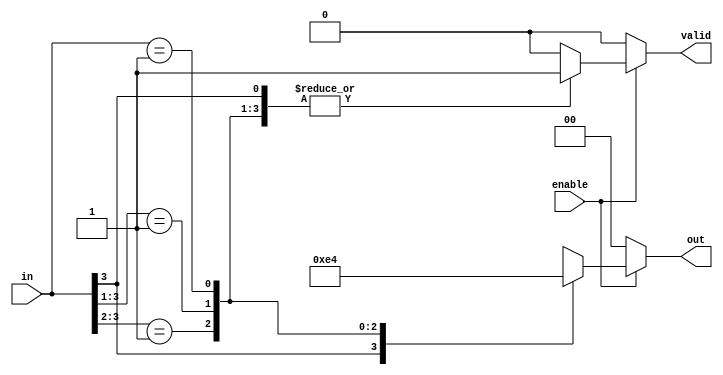
module multilevel_encoder (
    input wire [3:0] in,     // 4 input lines
    input wire enable,        // Enable signal
    output reg [1:0] out,    // 2 output lines
    output reg valid          // Valid signal
);

    always @(*) begin
        if (enable) begin
            valid = 1'b1; // Set valid high when enabled
            casez (in) // Use casez to handle don't care conditions
                4'b1???: out = 2'b11; // Input 3 is highest
                4'b01??: out = 2'b10; // Input 2 is highest
                4'b001?: out = 2'b01; // Input 1 is highest
                4'b0001: out = 2'b00; // Input 0 is highest
                default: begin
                    out = 2'bxx; // Invalid state
                    valid = 1'b0; // Set valid low for invalid
                end
            endcase
        end else begin
            out = 2'b00; // Default output when not enabled
            valid = 1'b0; // Set valid low when not enabled
        end
    end

endmodule